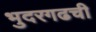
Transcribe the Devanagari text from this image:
भुदरगढची